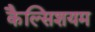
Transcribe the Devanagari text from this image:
कैल्सिशयम